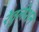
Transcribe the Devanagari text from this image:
रेवुलेशन